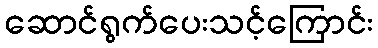
ဆောင်ရွက်ပေးသင့်ကြောင်း